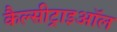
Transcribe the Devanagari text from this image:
कैल्सीट्राइऑल